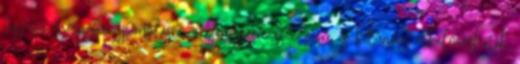
tipusú mozgásra, sportolásra, versenyzésre és edzésre is kitűnően alkalmazhatók